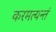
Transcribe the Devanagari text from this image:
करमत्यन्तं